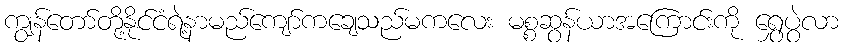
ကျွန်တော်တို့နိုင်ငံရဲ့နာမည်ကျော်ကချေသည်မကလေး မစ္စဆွန်ယာအကြောင်းကို ရွှေပွဲလာ